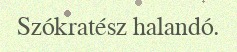
Szókratész halandó.